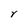
Character: Y